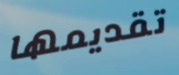
تقديمها